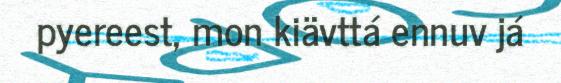
pyereest, mon kiävttá ennuv já